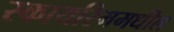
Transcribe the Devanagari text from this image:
स्कायरिममधील